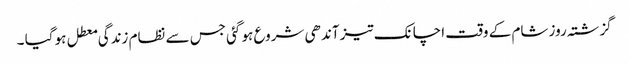
گزشتہ روز شام کے وقت اچانک تیز آندھی شروع ہو گئی جس سے نظام زندگی معطل ہو گیا ۔